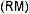
(RM)